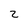
Character: Z